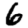
Digit: 6